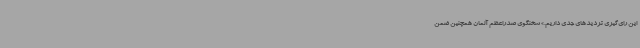
این رای‌گیری تردیدهای جدی داریم.» سخنگوی صدراعظم آلمان همچنین ضمن